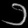
Digit: ၁